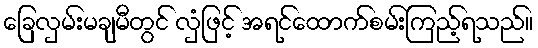
ခြေလှမ်းမချမီတွင် လှံဖြင့် အရင်ထောက်စမ်းကြည့်ရသည်။